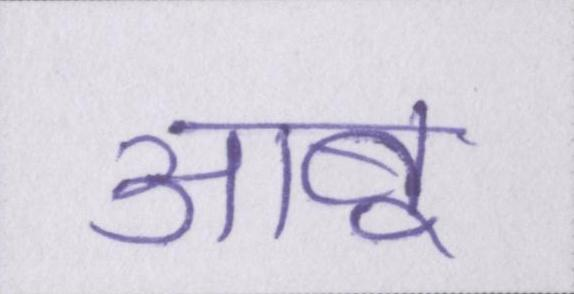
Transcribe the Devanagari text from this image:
आबू